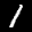
Label: 1